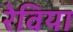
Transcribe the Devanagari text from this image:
रेविया